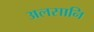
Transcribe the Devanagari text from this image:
अलसानि